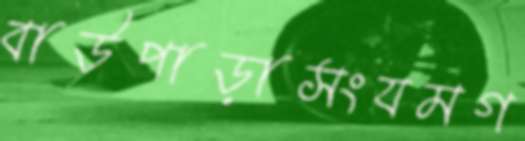
বাউপাড়াসংযমগ